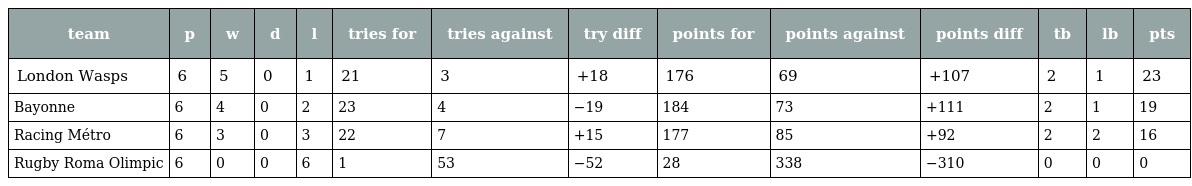
| team | p | w | d | l | tries for | tries against | try diff | points for | points against | points diff | tb | lb | pts |
 | --- | --- | --- | --- | --- | --- | --- | --- | --- | --- | --- | --- | --- | --- |
 | London Wasps | 6 | 5 | 0 | 1 | 21 | 3 | +18 | 176 | 69 | +107 | 2 | 1 | 23 |
 | Bayonne | 6 | 4 | 0 | 2 | 23 | 4 | −19 | 184 | 73 | +111 | 2 | 1 | 19 |
 | Racing Métro | 6 | 3 | 0 | 3 | 22 | 7 | +15 | 177 | 85 | +92 | 2 | 2 | 16 |
 | Rugby Roma Olimpic | 6 | 0 | 0 | 6 | 1 | 53 | −52 | 28 | 338 | −310 | 0 | 0 | 0 |